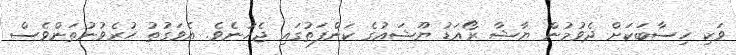
ވަކި ހިސާބަކަށް ދެވުމުން ޔާޝާ ރޯއަޑު ޔޫޝައުގެ ކަންފަތުގައި ޖެހުނެވެ. އެވަގުތު ހުރެވުނުތަންވެސް